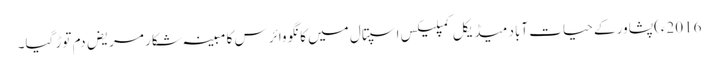
2016ء)پشاور کے حیات آباد میڈیکل کمپلیکس اسپتال میں کانگو وائرس کا مبینہ شکار مریض دم توڑ گیا۔